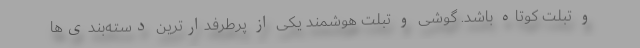
و تبلت کوتاه باشد. گوشی و تبلت هوشمند یکی از پرطرفدارترین دسته‌بندی‌ها